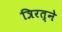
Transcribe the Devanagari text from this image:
त्रिरत्ने